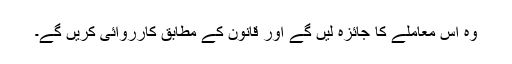
وہ اس معاملے کا جائزہ لیں گے اور قانون کے مطابق کارروائی کریں گے۔